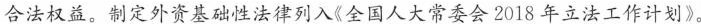
合法权益。制定外资基础性法律列入《全国人大常委会2018年立法工作计划》。